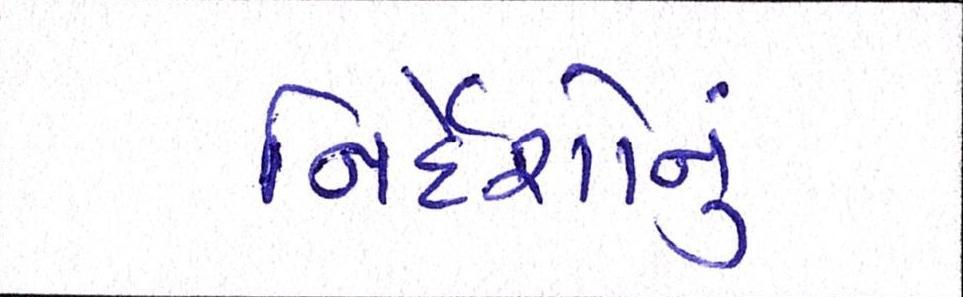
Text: નિર્દેશોનું